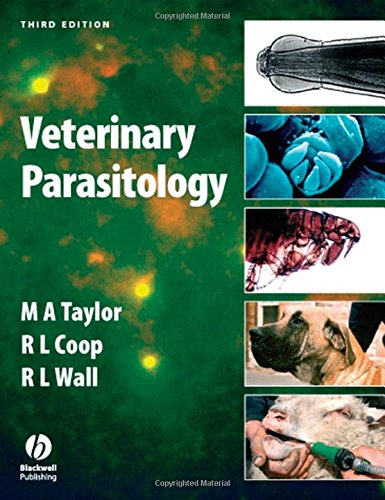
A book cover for Veterinary Parasitology; M. A. Taylor; Medical Books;